65_HS1-834228961_62-HQ-83894_Section_10
Agency: FBI
Page 177
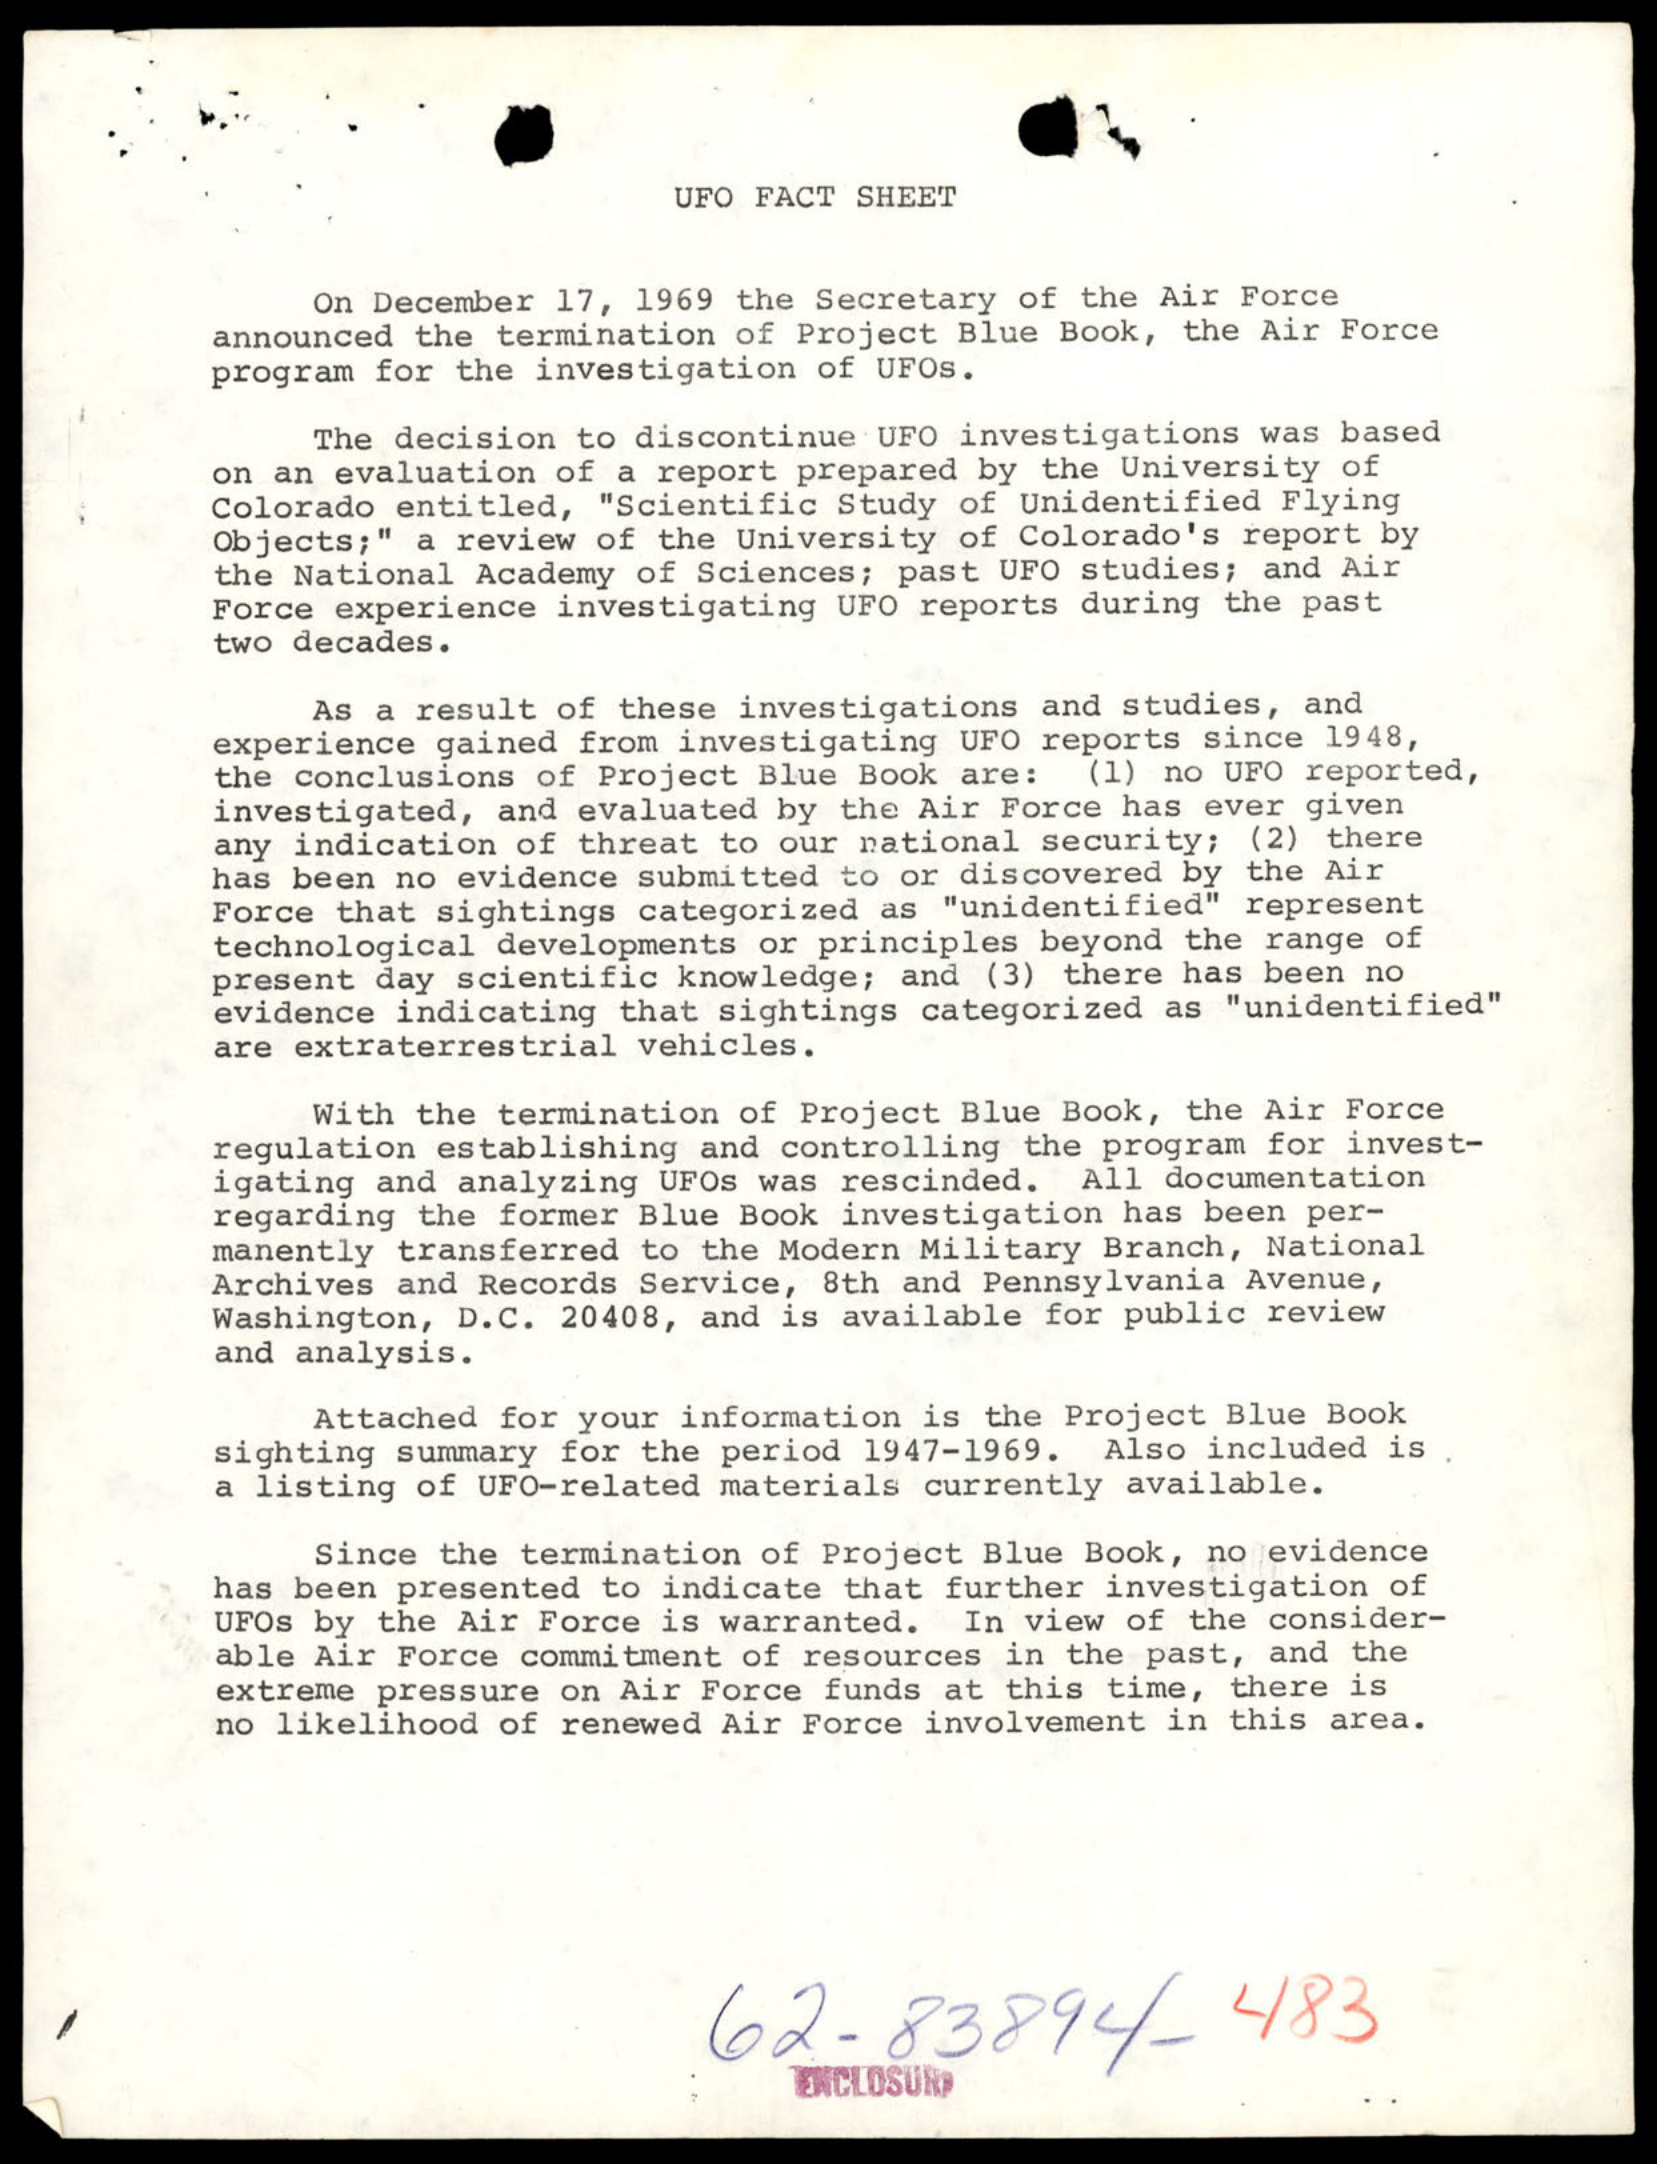